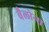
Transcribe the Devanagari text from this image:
बैलोन्स